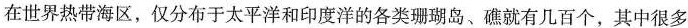
在世界热带海区，仅分布于太平洋和印度洋的各类珊瑚岛、礁就有几百个，其中很多